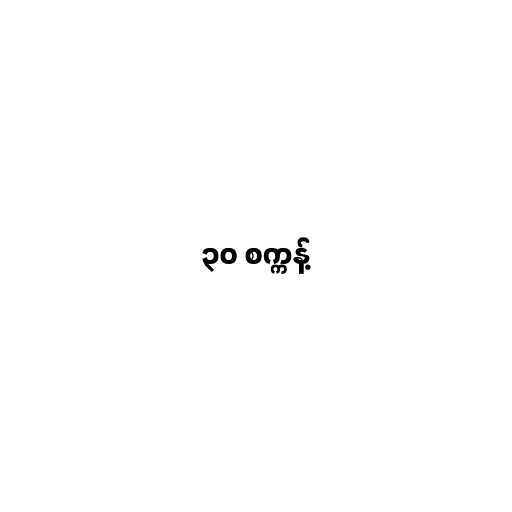
၃၀ စက္ကန့်